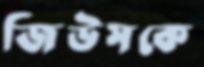
জিউসকে